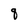
Character: q